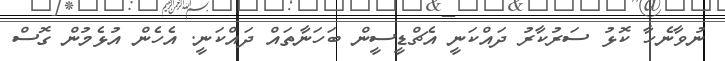
ނުވާނެހާ ކޮޅު ސަރުކާރު ދައްކަނީ އެޗްޑީސީން ބަހަނާތައް ދައްްކަނީ. އެހެން އުޅެމުން ގޮސް